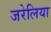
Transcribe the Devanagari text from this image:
जरेलिया